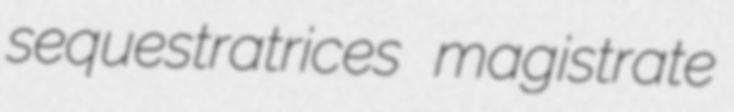
sequestratrices magistrate